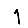
Digit: 1